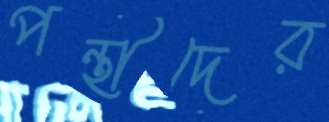
পন্থীদের